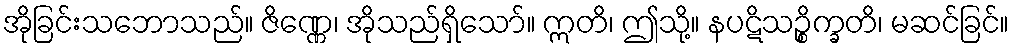
အိုခြင်းသဘောသည်။ ဇိဏ္ဏေ၊ အိုသည်ရှိသော်။ ဣတိ၊ ဤသို့။ နပဋိသဉ္စိက္ခတိ၊ မဆင်ခြင်။